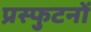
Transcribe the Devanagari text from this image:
प्रस्फुटनों